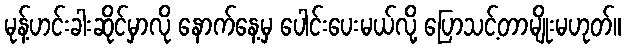
မုန့်ဟင်းခါးဆိုင်မှာလို နောက်နေ့မှ ပေါင်းပေးမယ်လို့ ပြောသင့်တာမျိုးမဟုတ်။